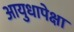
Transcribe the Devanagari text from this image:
आयुधापेक्षा